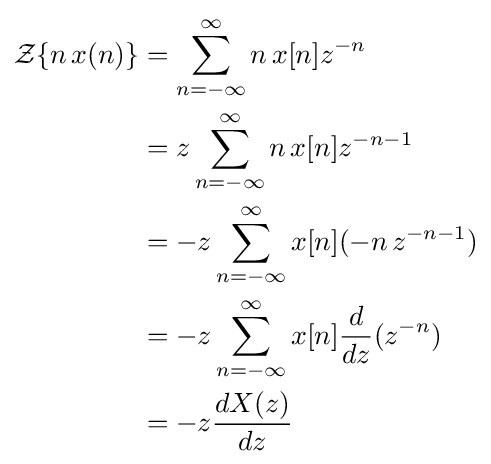
{\begin{aligned}{\mathcal {Z}}\{n\,x(n)\}&=\sum _{n=-\infty }^{\infty }n\,x[n]z^{-n}\\&=z\sum _{n=-\infty }^{\infty }n\,x[n]z^{-n-1}\\&=-z\sum _{n=-\infty }^{\infty }x[n](-n\,z^{-n-1})\\&=-z\sum _{n=-\infty }^{\infty }x[n]{\frac {d}{dz}}(z^{-n})\\&=-z{\frac {dX(z)}{dz}}\end{aligned}}